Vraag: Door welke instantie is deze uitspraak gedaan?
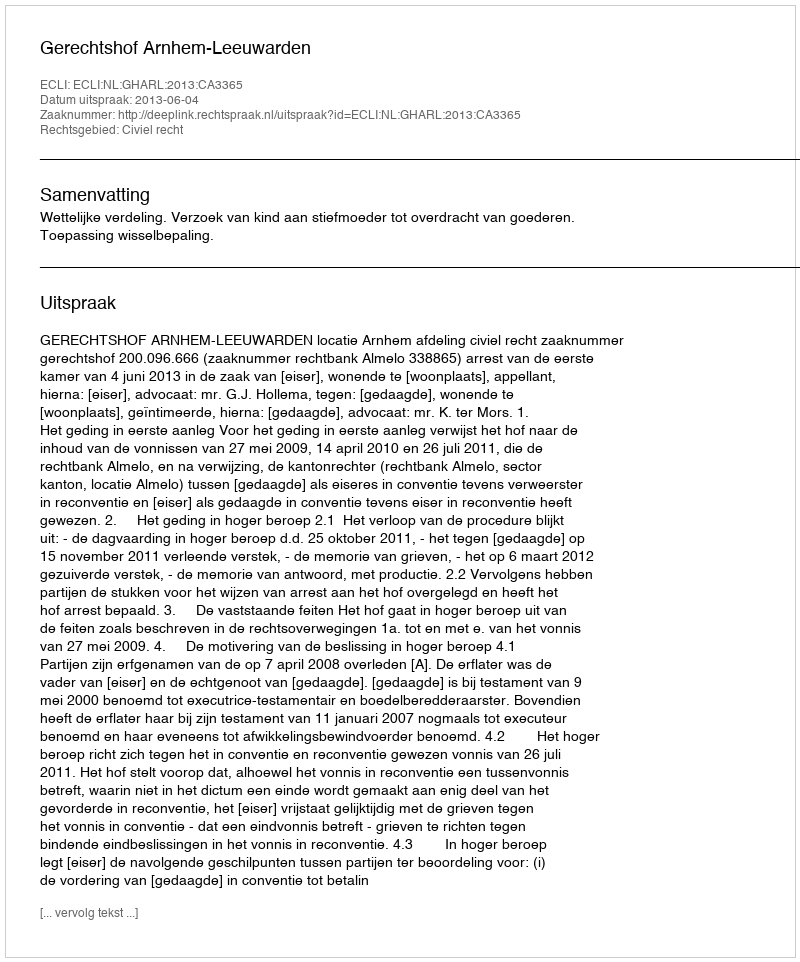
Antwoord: Gerechtshof Arnhem-Leeuwarden